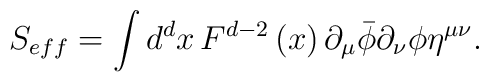
S_{eff}=\int d^dx\,F^{d-2}\left( x\right) \partial _\mu \bar{\phi}\partial_\nu \phi \eta ^{\mu \nu }.